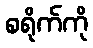
စရိုက်ကို